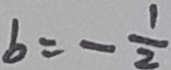
b = - \frac { 1 } { 2 }